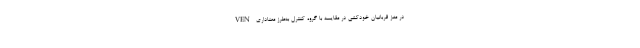
VEN در مغز قربانیان خودکشی در مقایسه با گروه کنترل به‌طرز معناداری